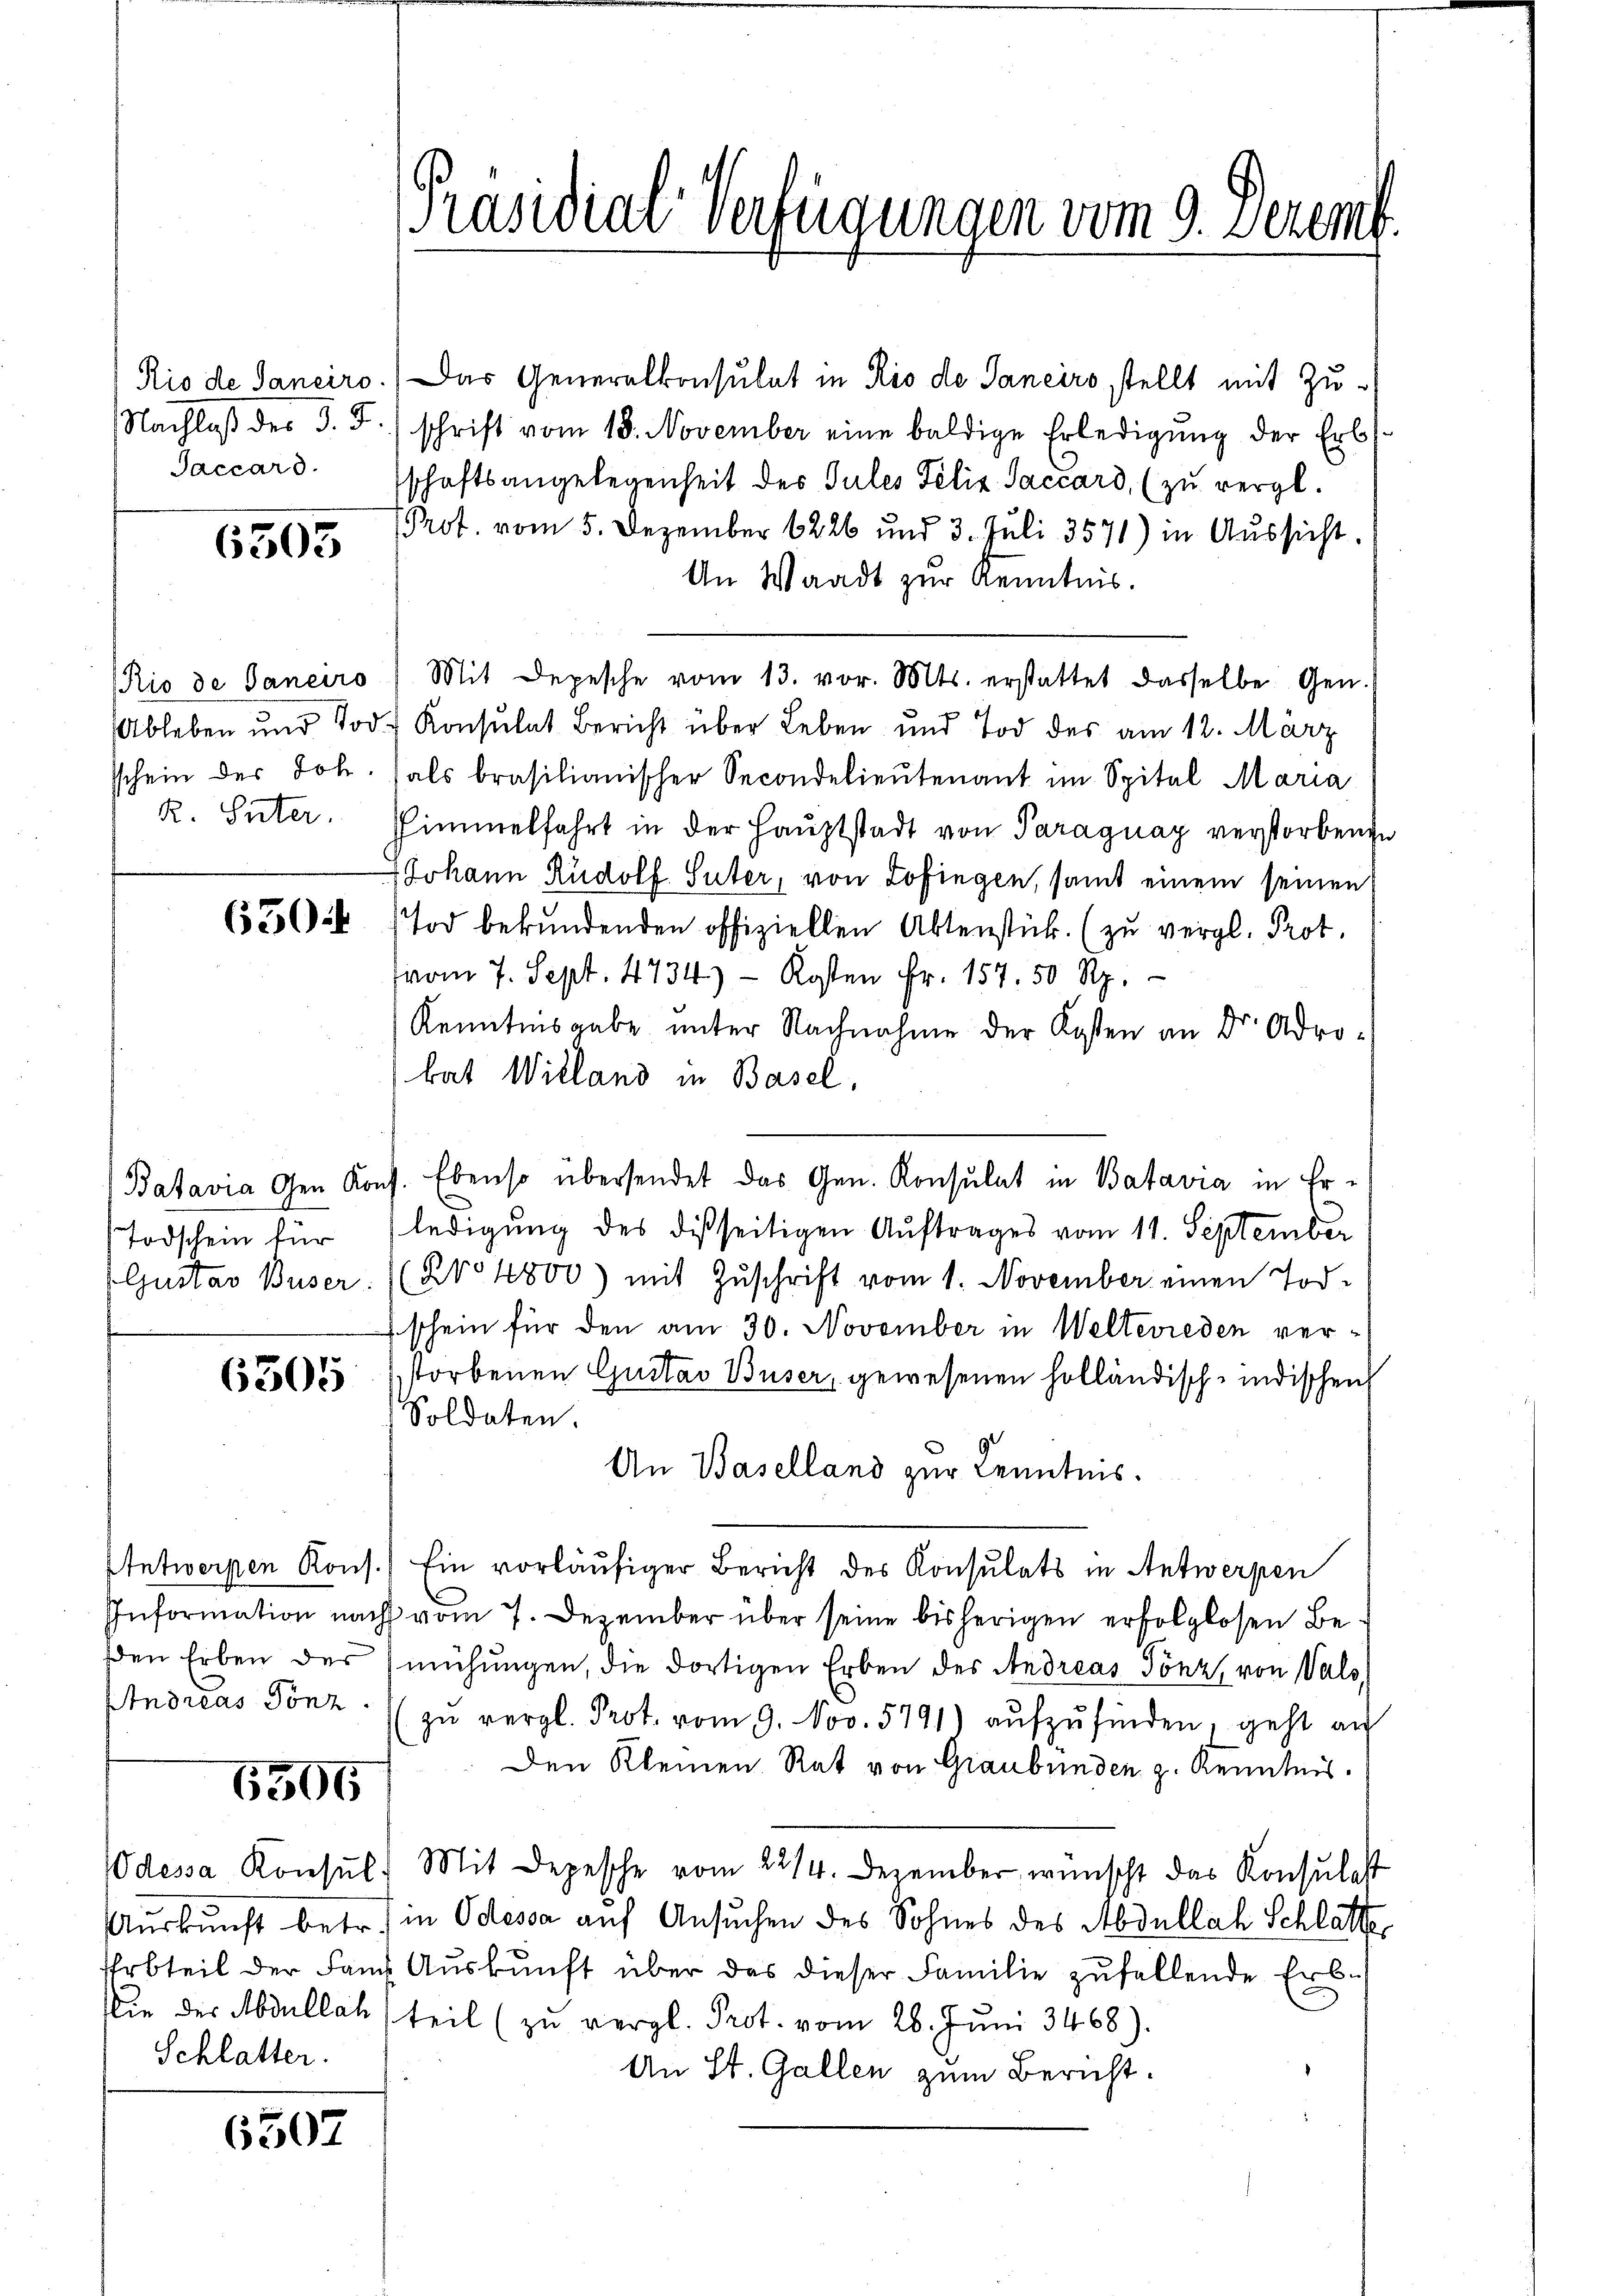
6503

6506

Schlatter.

6507

Rio de Sanciro.) Das Generalkonsulat in Rio de Janeiro stellt mit Zu¬
Nachlaß des §. 5.) schrift vom 18. November eine baldige Erledigung der Erb
Jaccars schaftsangelegenheit des Gutes Felix Saccard, (zŭ vergl.
Prot. vom 5. Dezember 6226 und 3. Juli 3571) in Aussicht.
An Waadt zur Kenntnis.
Rio de Janeiro ) Mit Depesche vom 13. vor. Mts. erstattet dasselbe Gen
Ableben und Tod. Konsulat Bericht über Leben und Tod des am 12. März
schein der Joh. (als brasilianischer Secondelieutenant im Spital Maria
R. Suter. Simmelfahrt in der Haŭptstadt von Paraguay verstorbenen
Johann Rudolf Suter, von Zofingen, samt einem seinen
653028 (Tod bekŭndenden offiziellen Aktenstück. (zŭ vergl. Prot.
vom 7. Sept. 4734) - Kosten Fr. 157. 50 Rp.
Kenntnisgabe unter Nachnahme der Kosten an Dr. Adrobat Willand in Basel,
Batavia Ghen Kons. Ebenso übersendet das Gen. Konsulat in Batavia in Er¬
Todschein für ledigŭng des disseitigen Auftrages vom 11. September
Gustav Buser. ((No 4800) mit Zŭschrift vom 1. November einen Todschein für den am 30. November in Welterieden ver¬
63655 (storbenen Gustav Buser, gewesenen holländisch-indischen
Soldaten.
An Baselland zur Kenntnis.
Antwerpen Kons.) Ein vorläufiger Bericht des Konsulats in Antwerpen
Information nach vom 7. Dezember über seine bisherigen erfolglosen Beden Erben des mühungen, die dortigen Erben des Andreas Tönz, von Wals,
Andreas Tönz. zŭ vergl. Prot. vom 9. Nov. 5791) aŭfzŭfinden, geht au
Den Kleinen Rat von Graubünden z. Kenntnis.
Odessa Konsŭl, Mit Depesche vom 22/4. Dezember wünscht das Konsulast
Auskunft betr. in Odessa auf Ansuchen des Sohnes des Abdullach Schlatter
Erbteil der Fam Aŭskŭnft über das dieser Familie zufallende Erb-
ie der Abdullach, teil (zŭ vergl. Prot. vom 28. Jŭni 3468).
An St. Gallen zum Bericht.

[Präsidial-Verfügungen vom 9. Dezemb.